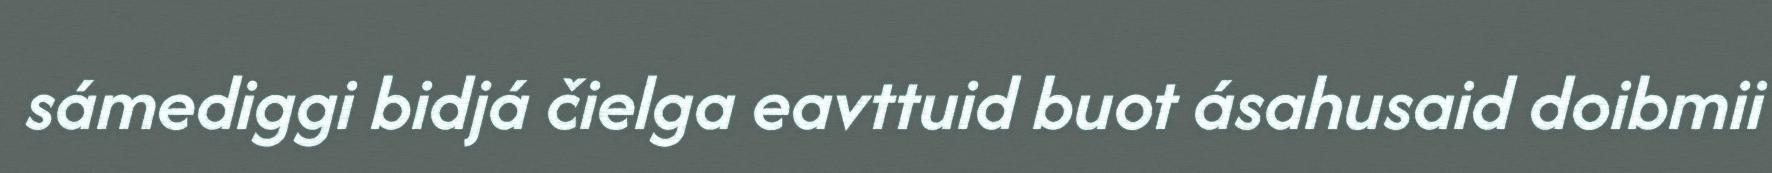
sámediggi bidjá čielga eavttuid buot ásahusaid doibmii